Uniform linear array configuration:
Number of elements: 64
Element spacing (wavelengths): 0.25
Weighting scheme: exponential
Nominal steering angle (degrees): -45
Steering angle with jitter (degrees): -46.708
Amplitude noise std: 0.05
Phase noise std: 0.05

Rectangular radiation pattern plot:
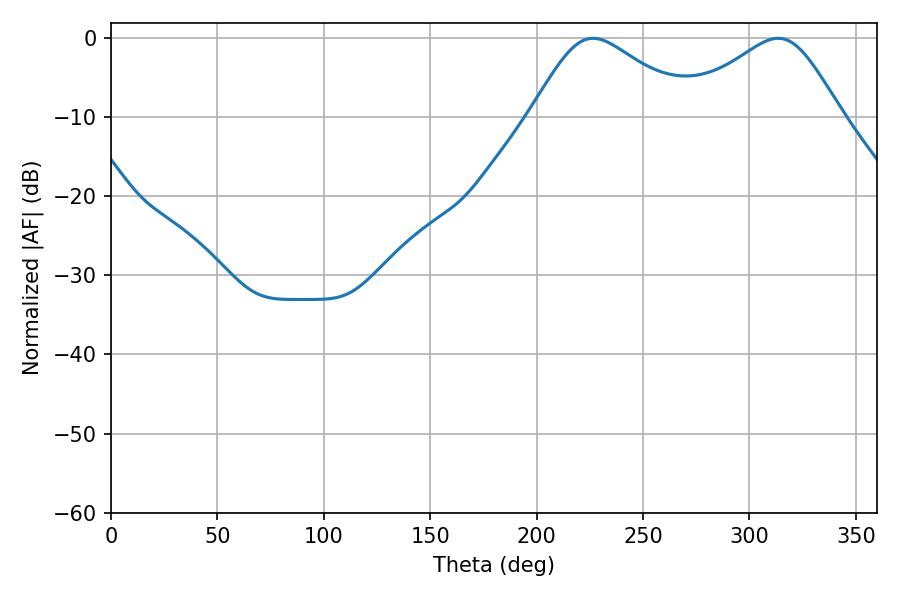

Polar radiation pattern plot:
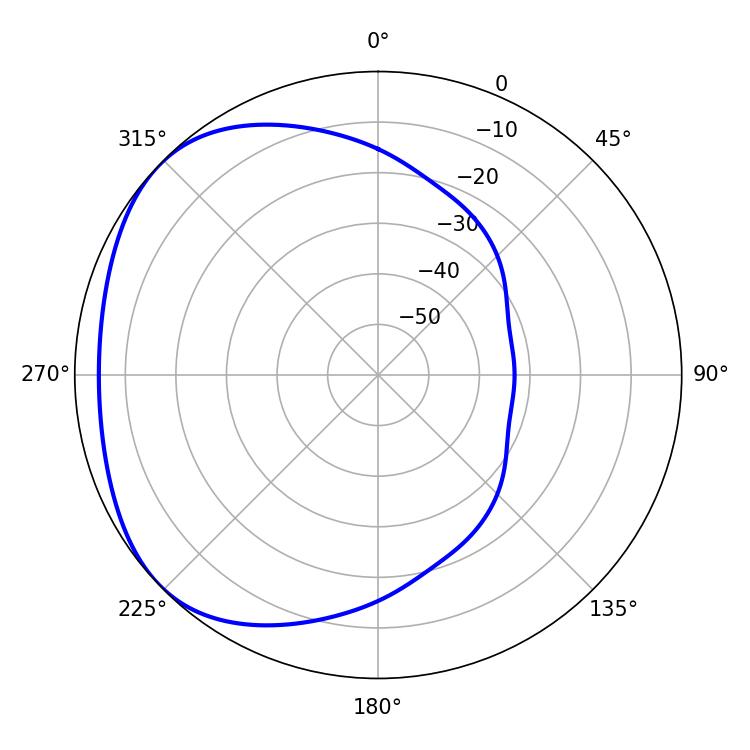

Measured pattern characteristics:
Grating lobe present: FALSE
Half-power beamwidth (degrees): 37.44
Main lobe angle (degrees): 226.44